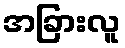
အခြားလူ